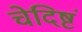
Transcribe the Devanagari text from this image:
चेदिष्टं